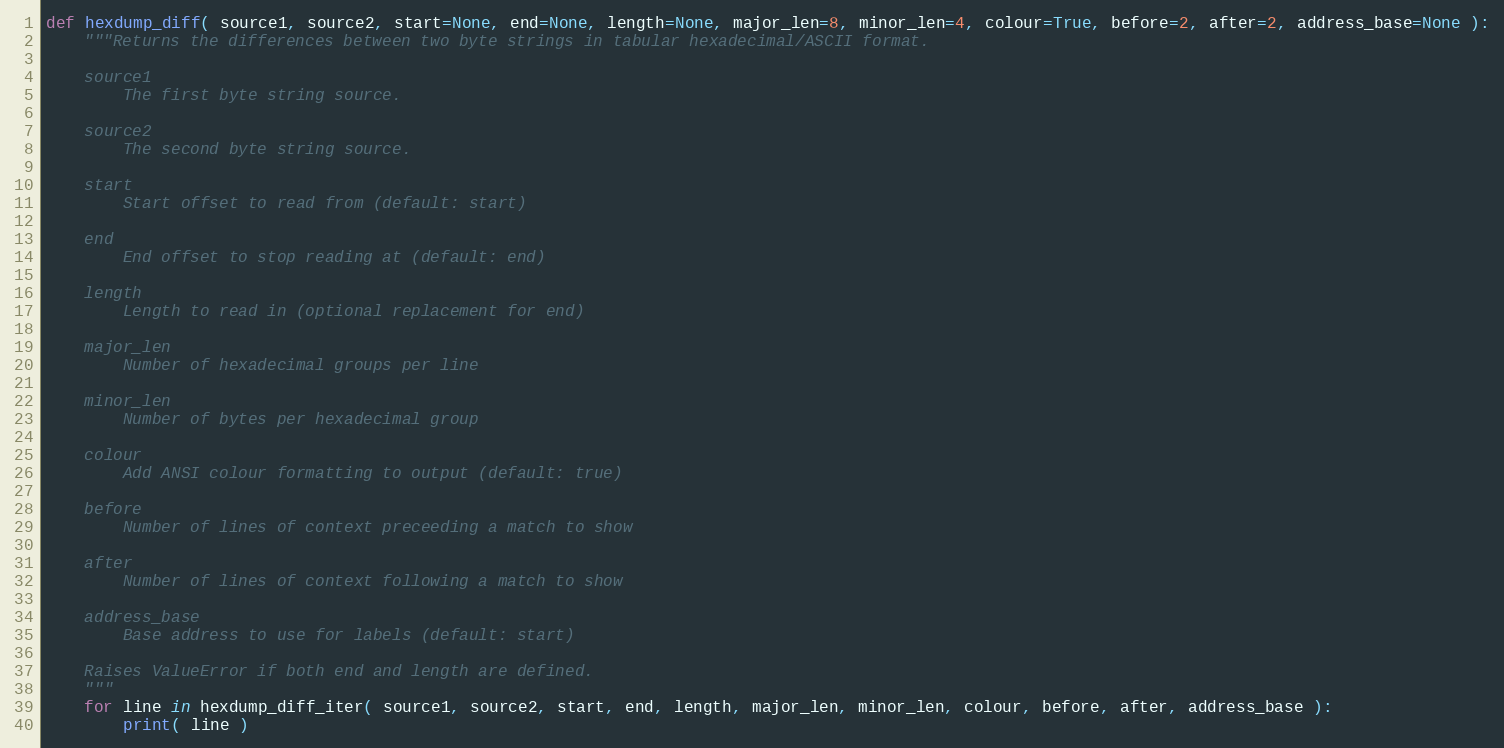
Language: Python
def hexdump_diff( source1, source2, start=None, end=None, length=None, major_len=8, minor_len=4, colour=True, before=2, after=2, address_base=None ):
    """Returns the differences between two byte strings in tabular hexadecimal/ASCII format.

    source1
        The first byte string source.

    source2
        The second byte string source.

    start
        Start offset to read from (default: start)

    end
        End offset to stop reading at (default: end)

    length
        Length to read in (optional replacement for end)

    major_len
        Number of hexadecimal groups per line

    minor_len
        Number of bytes per hexadecimal group

    colour
        Add ANSI colour formatting to output (default: true)

    before
        Number of lines of context preceeding a match to show

    after
        Number of lines of context following a match to show

    address_base
        Base address to use for labels (default: start)

    Raises ValueError if both end and length are defined.
    """
    for line in hexdump_diff_iter( source1, source2, start, end, length, major_len, minor_len, colour, before, after, address_base ):
        print( line )